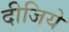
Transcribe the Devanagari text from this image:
दीजिये